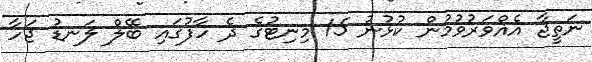
ނަތީޖާ އެއްވަރުވުމުން ކުޅުނު 15 މިނިޓުގެ ދެ ހާފުގައި ބޭލް ލަނޑު ޖަހާ